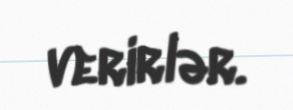
verirlər.